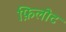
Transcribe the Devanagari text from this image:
फ़िलोट